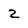
Character: 2